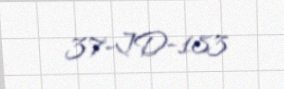
37-JD-183